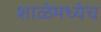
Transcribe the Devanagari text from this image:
शाळेमध्येच